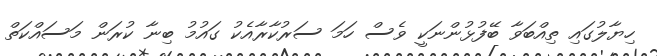
ހިޔާލުގައި ތިއްބަވާ ބޭފުޅުންނަކީ ވެސް ހަމަ ސަރުކާރާއެކު ގައުމު ބިނާ ކުރަން މަސައްކަތް